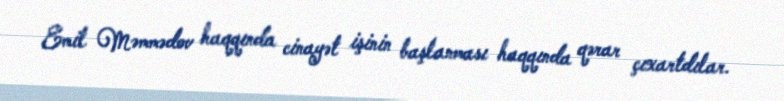
Emil Məmmədov haqqında cinayət işinin başlanması haqqında qərar çıxartdılar.